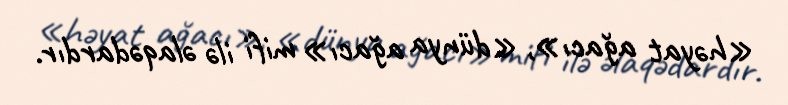
«həyat ağacı», «dünya ağacı» mifi ilə əlaqədardır.